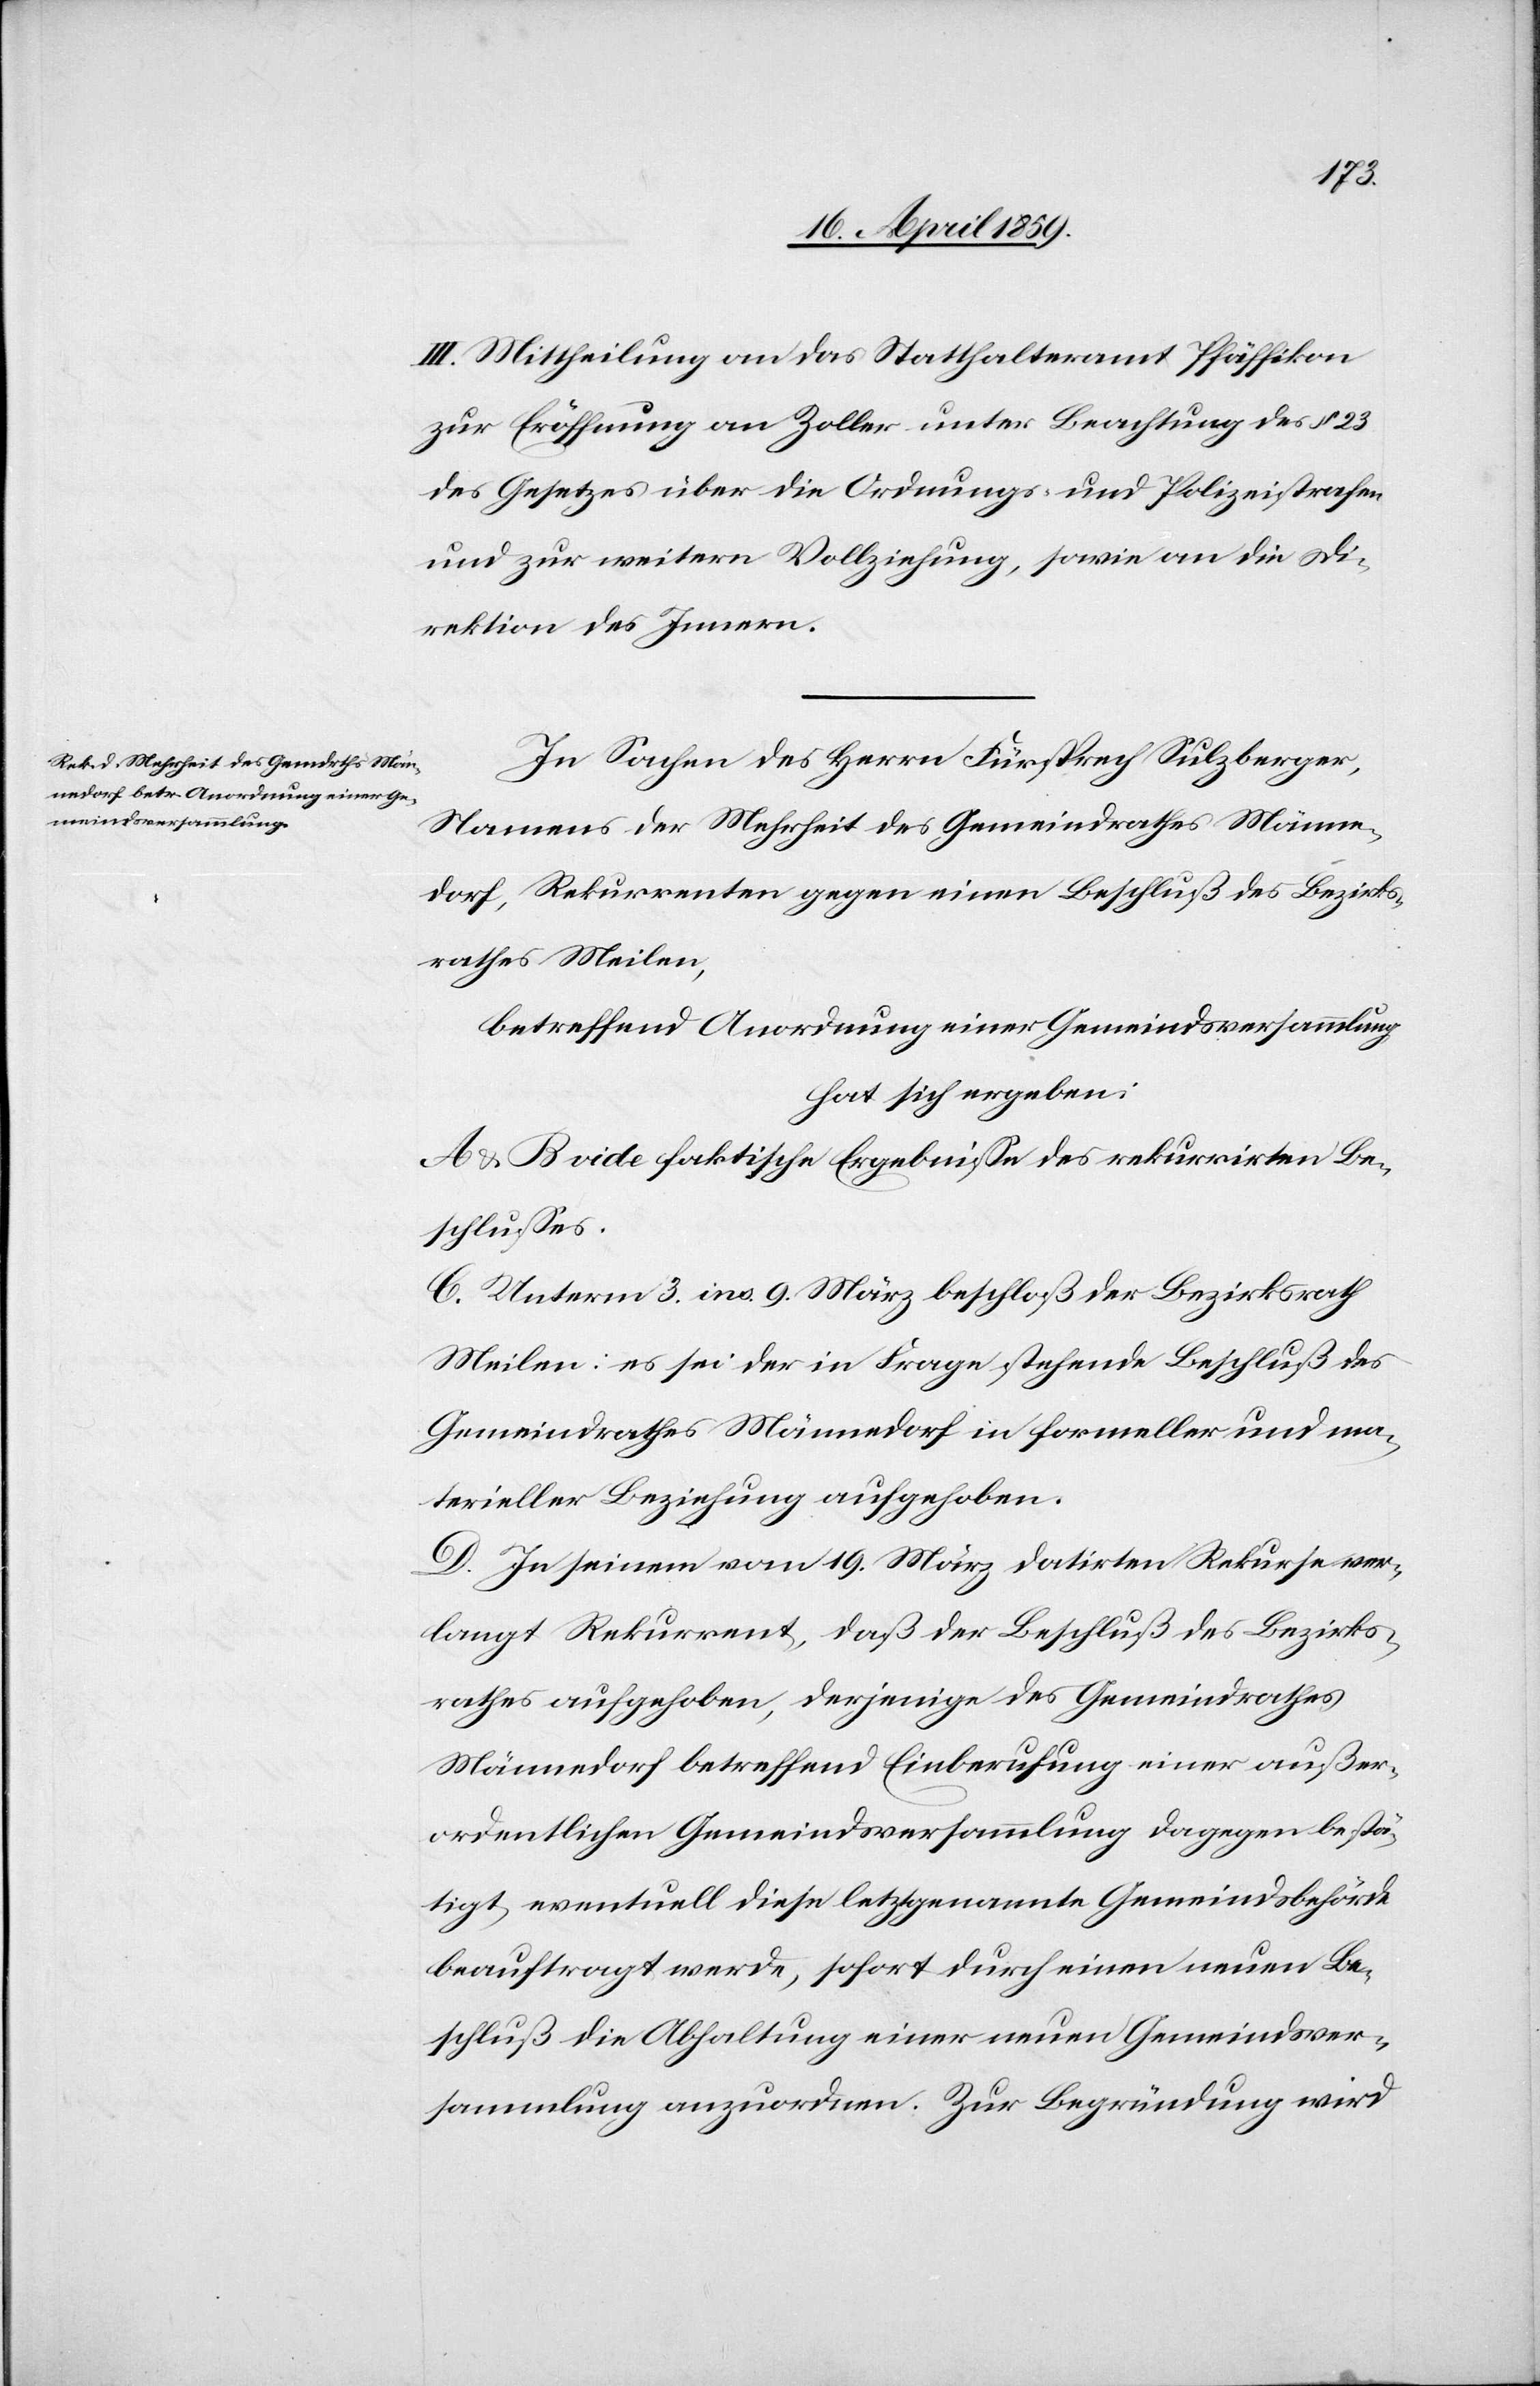
III. Mittheilung an das Statthalteramt Pfäffikon
zur Eröffnung an Zoller unter Beachtung des § 23
des Gesetzes über die Ordnungs- und Polizeistrafen
und zur weitern Vollziehung, sowie an die Di¬
rektion des Innern.
In Sachen des Herrn Fürsprech Sulzberger,
Namens der Mehrheit des Gemeindrathes Männe¬
dorf, Rekurrenten gegen einen Beschluß des Bezirks¬
rathes Meilen,
betreffend Anordnung einer Gemeindsversammlung
hat sich ergeben:
A. & B vide faktische Ergebniße des rekurrirten Be¬
schlußes.
C. Unterm 3. ins. 9. März beschloß der Bezirksrath
Meilen: es sei der in Frage stehende Beschluß des
Gemeindrathes Männedorf in formeller und ma¬
terieller Beziehung aufgehoben.
D. In seinem vom 19. März datirten Rekurse ver¬
langt Rekurrent, daß der Beschluß des Bezirks¬
rathes aufgehoben, derjenige des Gemeindrathes
Männedorf betreffend Einberufung einer außer¬
ordentlichen Gemeindsversammlung dagegen bestä¬
tigt, eventuell diese letztgenannte Gemeindsbehörde
beauftragt werde, sofort durch einen neuen Be¬
schluß die Abhaltung einer neuen Gemeindsver¬
sammlung anzuordnen. Zur Begründung wird